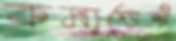
কমাডেন্ট